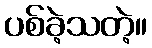
ပစ်ခဲ့သတဲ့။